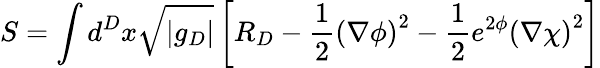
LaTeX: S=\int d^{D}x\sqrt{|g_{D}|}\left[R_{D}-\frac{1}{2}\left(\nabla\phi\right)^{2}-\frac{1}{2}e^{2\phi}\left(\nabla\chi\right)^{2}\right]